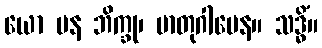
ယော ပန ဘိက္ခု၊ မာတုဂါမေန။ သဒ္ဓိံ။